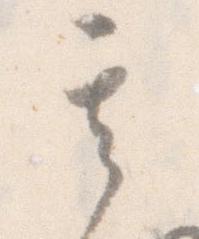
其